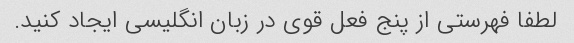
لطفا فهرستی از پنج فعل قوی در زبان انگلیسی ایجاد کنید.